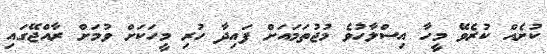
ކުށެއް ކުރެވޭ މީހާ އިސްލާހުވެ މުޖުތަމައަށް ފައިދާ ހުރި މީހަކަށް ވުމަށް ރާއްޖޭގައި